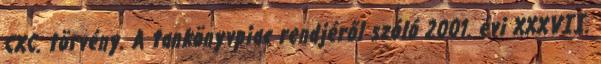
CXC. törvény. A tankönyvpiac rendjéről szóló 2001. évi XXXVII.